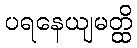
ပရနေယျမတ္ထိ